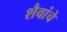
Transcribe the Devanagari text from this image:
शैवांचे